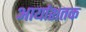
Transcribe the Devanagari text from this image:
आर्याशतक